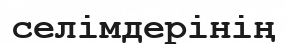
селімдерінің